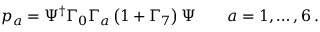
p _ { a } = \Psi ^ { \dagger } \Gamma _ { 0 } \Gamma _ { a } \left( 1 + \Gamma _ { 7 } \right) \Psi \qquad a = 1 , \dots , 6 \, .